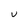
Character: u